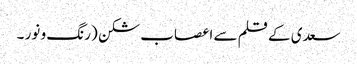
سعدی کے قلم سے	اعصاب شکن (رنگ و نور ۔